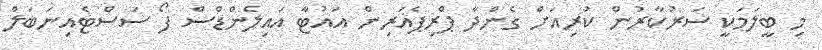
މި ބީލަމަކީ ސަރުކާރުން ކުރިއަށް ގެންދާ ޕްރިޕެއަރިން އައުޓާ އައިލެންޑްސް ފޯ ސަސްޓެއިނަބަލް